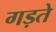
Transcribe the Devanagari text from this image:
गड़ते